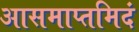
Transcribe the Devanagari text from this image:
आसमाप्तमिदं